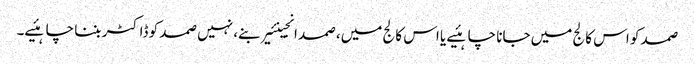
صمد کو اس کالج میں جانا چاہئیے یا اس کالج میں، صمد انجینئیر بنے، نہیں صمد کو ڈاکٹر بننا چاہئیے۔